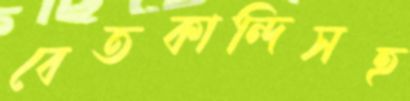
বেতকান্দিসহ